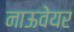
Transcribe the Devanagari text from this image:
नाऊवेयर